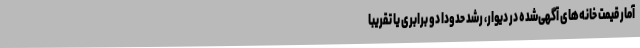
آمار قیمت خانه‌های آگهی‌شده در دیوار، رشد حدوداً دو برابری یا تقریباً